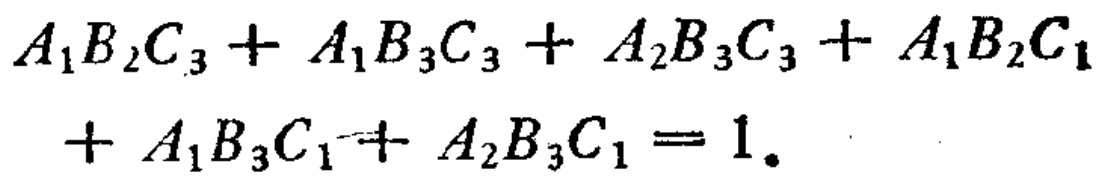
$A_{1}B_{2}C_{3}+A_{1}B_{3}C_{3}+A_{2}B_{3}C_{3}+A_{1}B_{2}C_{1}+A_{1}B_{3}C_{1}+A_{2}B_{3}C_{1}=1.$